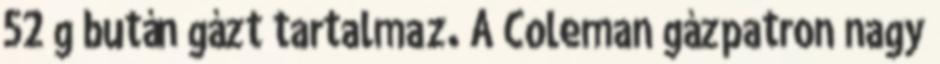
52 g bután gázt tartalmaz. A ​Coleman gázpatron nagy